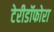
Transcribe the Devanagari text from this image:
टेरीडॉफोरा